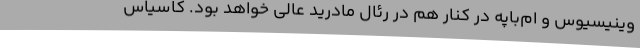
وینیسیوس و ام‌باپه در کنار هم در رئال مادرید عالی خواهد بود. کاسیاس